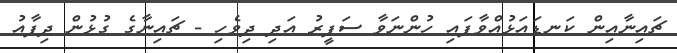
ޗައިނާއިން ކަނޑައަޅުއްވާފައި ހުންނަވާ ސަފީރު އަދި ދިވެހި - ޗައިނާގެ ގުޅުން ދިފާއު